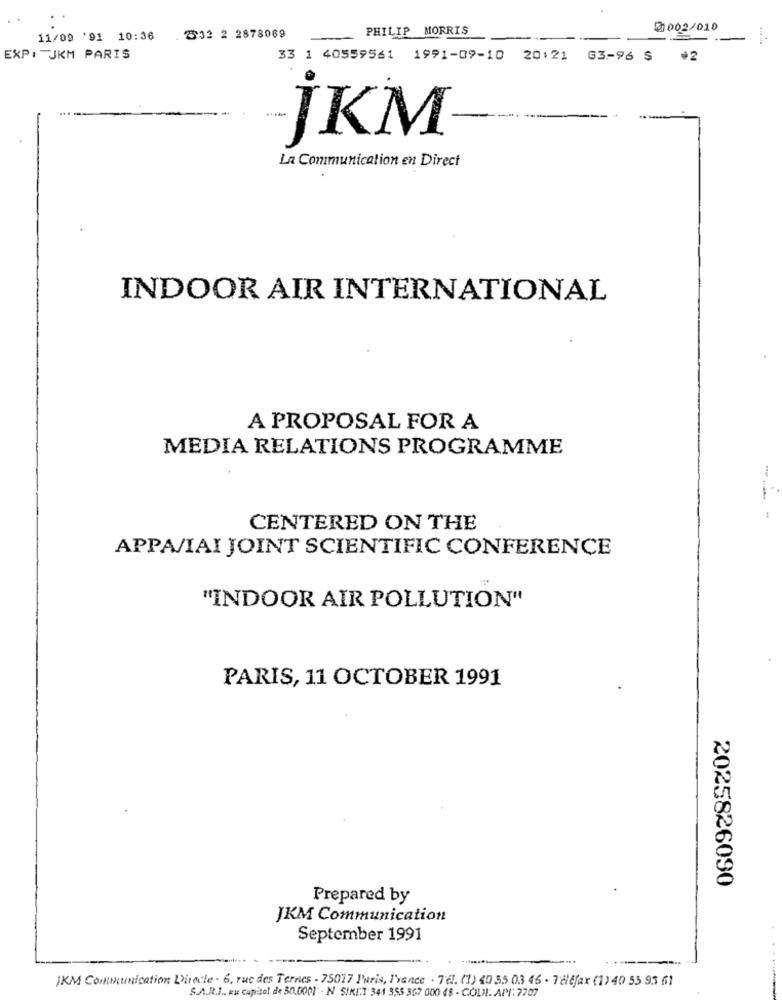
PHILIP MORRIS
2002/010
11/09 '91 10:36
. 2532 2 2878069
EXP: JKM PARIS
33 1 40559561 1991-09-10 20:21 63-96 $
jKM
La Communication en Direct
INDOOR AIR INTERNATIONAL
A PROPOSAL FOR A
MEDIA RELATIONS PROGRAMME
CENTERED ON THE
APPA/IAI JOINT SCIENTIFIC CONFERENCE
"INDOOR AIR POLLUTION"
PARIS, 11 OCTOBER 1991
2025826090
Prepared by
JKM Communication
September 1991
JKM Communication Directe - 6, rue des Terres - 75017 Paris, Ivance . Tel. (1) 49 35 03 46 - Telefax (1) 40 55 93 61
S.A.R.J .. eu capital de 30.0001 - N SIKIT 341 353 367 000 48 - CODI API: 7707